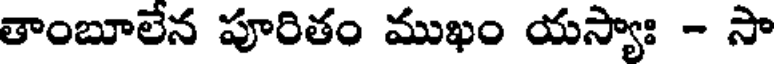
తాంబూలేన పూరితం ముఖం యస్యాః - సా